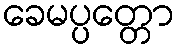
ခေမပ္ပတ္တော